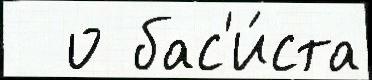
  о бас'и́ста